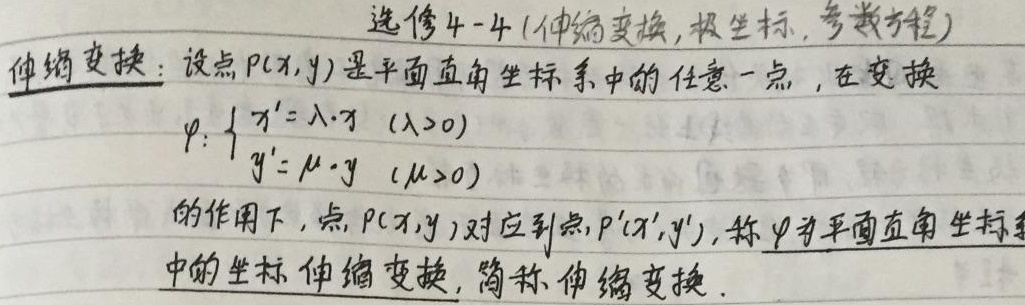
选修4 - 4（伸缩变换，极坐标，参数方程）
伸缩变换：设点\(P(x,y)\)是平面直角坐标系中的任意一点，在变换\(\varphi:\begin{cases}x' = \lambda\cdot x\ (\lambda>0)\\y' = \mu\cdot y\ (\mu>0)\end{cases}\)的作用下，点\(P(x,y)\)对应到点\(P'(x',y')\)，称\(\varphi\)为平面直角坐标中的坐标伸缩变换，简称伸缩变换。